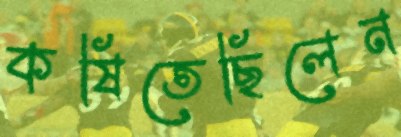
কষিতেছিলেন